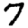
Digit: 7